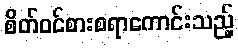
စိတ်ဝင်စားစရာကောင်းသည့်